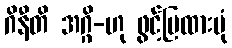
ဂိနီတိ အဂ္ဂိ-ဟု ဖွင့်ပြထားပုံ